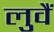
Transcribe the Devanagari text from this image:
लुवैं